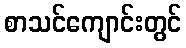
စာသင်ကျောင်းတွင်